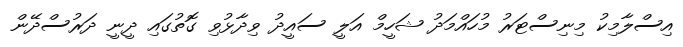
އިސްލާމިކު މިނިސްޓަރު މުހައްމަދު ޝަހީމް އަލީ ސައީދު ވިދާޅުވި ގޮތުގައި ދީނީ ދަރުސްދޭން